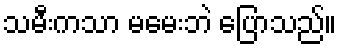
သမီးကသာ မမေးဘဲ ပြောသည်။